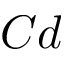
C d